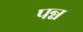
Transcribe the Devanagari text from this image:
पन्न